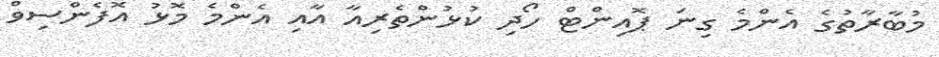
މުބާރާތުގެ އެންމެ ގިނަ ޕޮއިންޓް ހޯދި ކުޅުންތެރިއާ އާއި އެންމެ މޮޅު އޮފެންސިވް